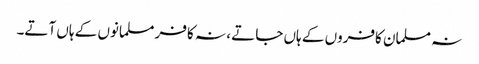
نہ مسلمان کافروں کے ہاں جاتے ، نہ کافر مسلمانوں کے ہاں آتے۔